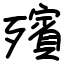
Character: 殯